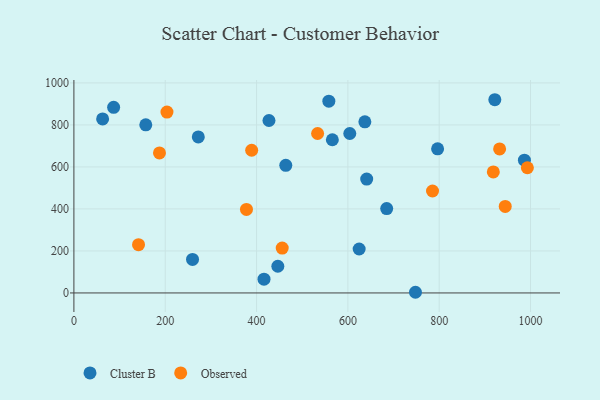
{"axis": {"x": "Experience", "y": "Yield"}, "legend": ["Cluster B", "Observed"], "data": [{"x": "685.0", "y": 401.7, "type": "Cluster B"}, {"x": "796.5", "y": 686.0, "type": "Cluster B"}, {"x": "427.2", "y": 821.1, "type": "Cluster B"}, {"x": "624.7", "y": 209.3, "type": "Cluster B"}, {"x": "259.8", "y": 159.7, "type": "Cluster B"}, {"x": "641.2", "y": 542.3, "type": "Cluster B"}, {"x": "446.6", "y": 127.0, "type": "Cluster B"}, {"x": "464.0", "y": 607.5, "type": "Cluster B"}, {"x": "157.4", "y": 800.3, "type": "Cluster B"}, {"x": "748.0", "y": 3.2, "type": "Cluster B"}, {"x": "272.4", "y": 742.8, "type": "Cluster B"}, {"x": "921.8", "y": 919.9, "type": "Cluster B"}, {"x": "637.2", "y": 814.5, "type": "Cluster B"}, {"x": "558.3", "y": 912.9, "type": "Cluster B"}, {"x": "986.6", "y": 632.1, "type": "Cluster B"}, {"x": "62.9", "y": 828.7, "type": "Cluster B"}, {"x": "604.2", "y": 759.2, "type": "Cluster B"}, {"x": "416.3", "y": 65.7, "type": "Cluster B"}, {"x": "566.0", "y": 729.4, "type": "Cluster B"}, {"x": "87.0", "y": 883.8, "type": "Cluster B"}, {"x": "993.1", "y": 596.1, "type": "Observed"}, {"x": "141.5", "y": 230.0, "type": "Observed"}, {"x": "377.9", "y": 397.8, "type": "Observed"}, {"x": "456.2", "y": 213.4, "type": "Observed"}, {"x": "389.3", "y": 679.3, "type": "Observed"}, {"x": "785.4", "y": 485.3, "type": "Observed"}, {"x": "203.8", "y": 861.2, "type": "Observed"}, {"x": "533.7", "y": 759.0, "type": "Observed"}, {"x": "932.3", "y": 685.6, "type": "Observed"}, {"x": "918.5", "y": 576.1, "type": "Observed"}, {"x": "944.6", "y": 412.1, "type": "Observed"}, {"x": "187.4", "y": 666.4, "type": "Observed"}]}